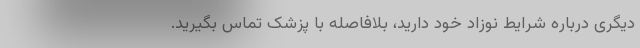
دیگری درباره شرایط نوزاد خود دارید، بلافاصله با پزشک تماس بگیرید.